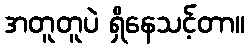
အတူတူပဲ ရှိနေသင့်တာ။